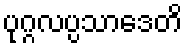
ပုဂ္ဂလပ္ပသာဒေတိ